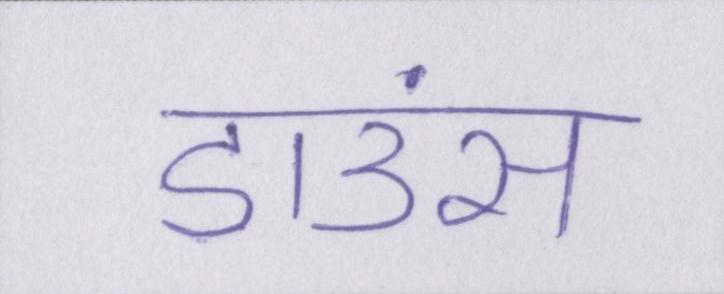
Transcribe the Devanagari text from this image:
डाउंस